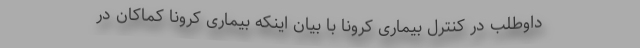
داوطلب در کنترل بیماری کرونا با بیان اینکه بیماری کرونا کماکان در